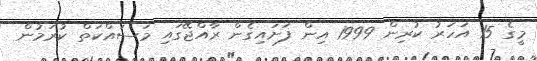
މީގެ 15 އަހަރު ކުރިން 1999 އިން ފަށައިގެން ރާއްޖޭގައި މަސައްކަތް ކުރަމުން